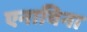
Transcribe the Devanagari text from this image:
एनाबिना